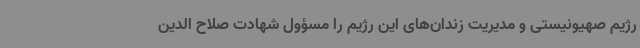
رژیم صهیونیستی و مدیریت زندان‌های این رژیم را مسؤول شهادت صلاح الدین